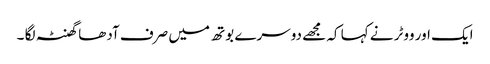
ایک اور ووٹر نے کہا کہ مجھے دوسرے بوتھ میں صرف آدھا گھنٹہ لگا ۔